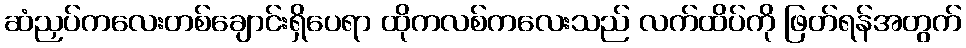
ဆံညှပ်ကလေးတစ်ချောင်းရှိပေရာ ထိုကလစ်ကလေးသည် လက်ထိပ်ကို ဖြတ်ရန်အတွက်